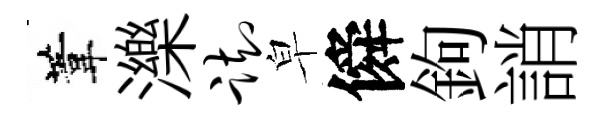
葦濼踟皁僢鉤誚